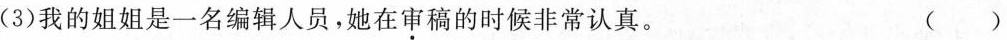
(3)我的姐姐是一名编辑人员，她在审稿的时候非常认真。()